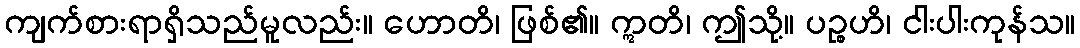
ကျက်စားရာရှိသည်မူလည်း။ ဟောတိ၊ ဖြစ်၏။ ဣတိ၊ ဤသို့။ ပဉ္စဟိ၊ ငါးပါးကုန်သ။